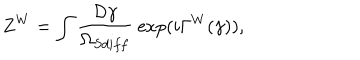
LaTeX: Z ^ { W } = \int { \frac { { \cal D } \gamma } { \Omega _ { S d i f f } } } ~ \mathrm { e x p } ( i \Gamma ^ { W } ( \gamma ) ) ,